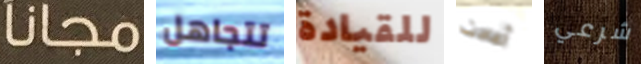
مجانا تتجاهل للقيادة أعادت شرعي